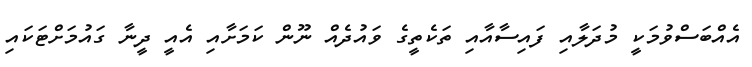
އެއްބަސްވުމަކީ މުދަލާއި ފައިސާއާއި ތަކެތީގެ ވައުދެއް ނޫން ކަމަށާއި އެއީ ދީނާ ގައުމަށްޓަކައި